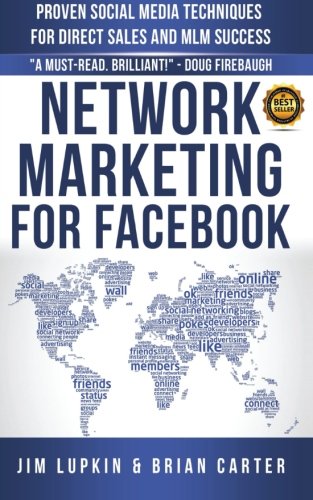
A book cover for Network Marketing For Facebook: Proven Social Media Techniques For Direct Sales & MLM Success; Jim Lupkin; Computers & Technology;